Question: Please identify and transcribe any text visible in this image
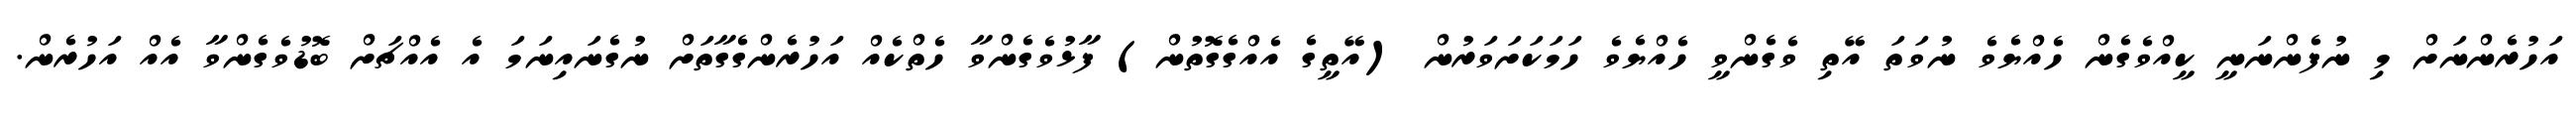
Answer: އަހުރެންނަށް މި ނުފެންނަނީ ކީއްވެގެން ހެއްޔެވެ ނުވަތަ އޭތި ވެގެންވީ ހެއްޔެވެ ހަމަކަށަވަރުން (އޭތީގެ އެއްގެގޮތުން) ފާޅުވެގެންވާ ހެތްކެއް އަހުރެންގެގާތަށް ނުގެނައިނަމަ އެ އެއްޗަށް ބޮޑުވެގެންވާ އެއް އަހުރެން.